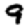
Digit: 9